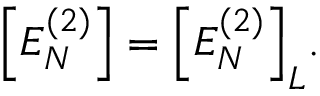
\begin{array} { r } { \Big [ E _ { N } ^ { ( 2 ) } \Big ] = \Big [ E _ { N } ^ { ( 2 ) } \Big ] _ { L } . } \end{array}